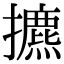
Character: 㩠